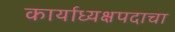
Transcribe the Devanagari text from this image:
कार्याध्यक्षपदाचा